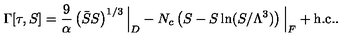
\Gamma [ \tau , S ] = { \frac { 9 } { \alpha } } \left( \bar { S } S \right) ^ { 1 / 3 } \Big | _ { D } - N _ { c } \left( S - S \ln ( S / \Lambda ^ { 3 } ) \right) \Big | _ { F } + \mathrm { h . c . } .